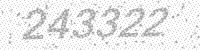
Solution: 243322